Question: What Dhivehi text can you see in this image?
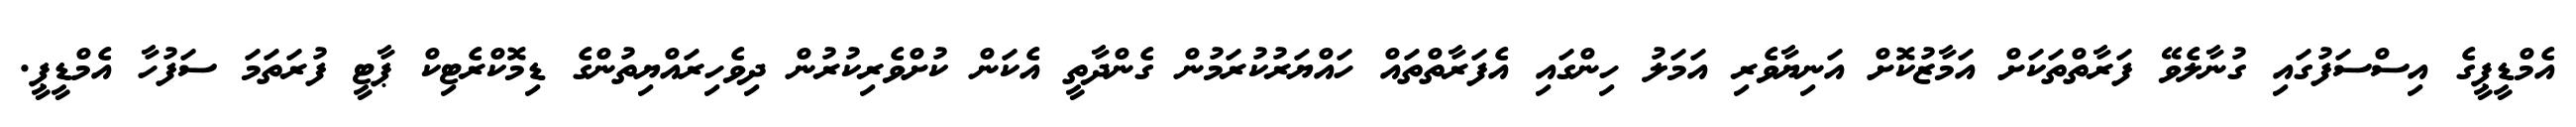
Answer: އެމްޑީޕީގެ އިސްސަފުގައި ގުނާލެވޭ ފަރާތްތަކަށް އަމާޒުކޮށް އަނިޔާވެރި އަމަލު ހިންގައި އެފަރާތްތައް ހައްޔަރުކުރަމުން ގެންދާތީ އެކަން ކުށްވެރިކުރުން ދިވެހިރައްޔިތުންގެ ޑިމޮކްރެޓިކް ޕާޓީ ފުރަތަމަ ސަފުހާ އެމްޑީޕީ.